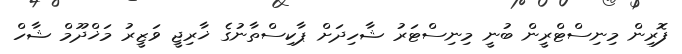
ފޮރިން މިނިސްޓްރީން ބުނީ މިނިސްޓަރު ޝާހިދަށް ޕާކިސްތާނުގެ ޚާރިޖީ ވަޒީރު މަޚްދޫމް ޝާހް